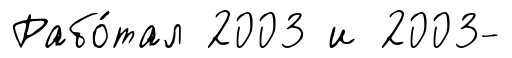
Рабо́тал 2003 и 2003-